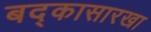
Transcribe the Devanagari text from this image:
बद्कासारखा